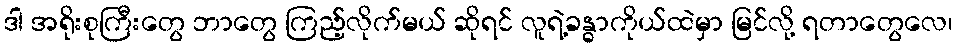
ဒါ အရိုးစုကြီးတွေ ဘာတွေ ကြည့်လိုက်မယ် ဆိုရင် လူရဲ့ခန္ဓာကိုယ်ထဲမှာ မြင်လို့ ရတာတွေလေ၊